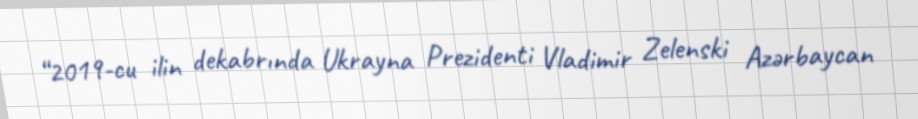
“2019-cu ilin dekabrında Ukrayna Prezidenti Vladimir Zelenski Azərbaycan